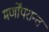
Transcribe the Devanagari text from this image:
मर्णोंपरान्त